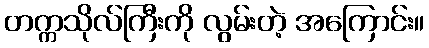
တက္ကသိုလ်ကြီးကို လွမ်းတဲ့ အကြောင်း။